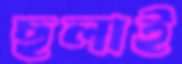
ছলাই